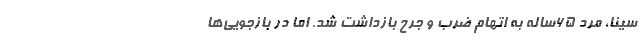
سینا، مرد ۶۵ساله به اتهام ضرب و جرح بازداشت شد. اما در بازجویی‌ها